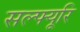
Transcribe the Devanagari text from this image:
सल्फ्यूरि